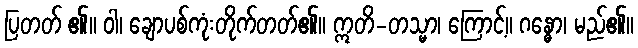
ပြတတ် ၏။ ဝါ၊ ချောပစ်ကုံးတိုက်တတ်၏။ ဣတိ-တသ္မာ၊ ကြောင့်။ ဂန္ဓော၊ မည်၏။